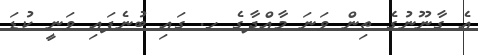
އެ ގާނޫނުގެ ތިން ވަނަ މާއްދާގެ ހ. ގައި ބުނެފައި ވަނީ ކުޑަ